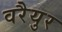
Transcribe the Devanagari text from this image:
वरैयुर